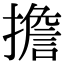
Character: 擔